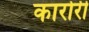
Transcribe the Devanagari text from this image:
कारोरी